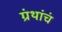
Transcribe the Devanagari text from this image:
ग्रंथांचं